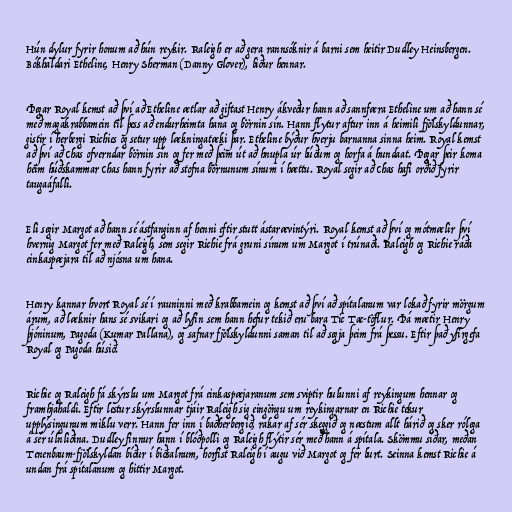
Hún dylur fyrir honum að hún reykir. Raleigh er að gera rannsóknir á barni sem heitir Dudley Heinsbergen.
Bókhaldari Etheline, Henry Sherman (Danny Glover), biður hennar.

Þegar Royal kemst að því að Etheline ætlar að giftast Henry ákveður hann að sannfæra Etheline um að hann sé
með magakrabbamein til þess að endurheimta hana og börnin sín. Hann flytur aftur inn á heimili fjölskyldunnar,
gistir í herbergi Richies og setur upp lækningatæki þar. Etheline býður hverju barnanna sinna heim. Royal kemst
að því að Chas ofverndar börnin sín og fer með þeim út að hnupla úr búðum og horfa á hundaat. Þegar þeir koma
heim húðskammar Chas hann fyrir að stofna börnunum sínum í hættu. Royal segir að Chas hafi orðið fyrir
taugaáfalli.

Eli segir Margot að hann sé ástfanginn af henni eftir stutt ástarævintýri. Royal kemst að því og mótmælir því
hvernig Margot fer með Raleigh, sem segir Richie frá gruni sínum um Margot í trúnaði. Raleigh og Richie ráða
einkaspæjara til að njósna um hana.

Henry kannar hvort Royal sé í rauninni með krabbamein og kemst að því að spítalanum var lokað fyrir mörgum
árum, að læknir hans sé svikari og að lyfin sem hann hefur tekið eru bara Tic Tac-töflur. Þá mætir Henry
þjóninum, Pagoda (Kumar Pallana), og safnar fjölskyldunni saman til að segja þeim frá þessu. Eftir það yfirgefa
Royal og Pagoda húsið.

Richie og Raleigh fá skýrslu um Margot frá einkaspæjaranum sem sviptir hulunni af reykingum hennar og
framhjáhaldi. Eftir lestur skýrslunnar tjáir Raleigh sig eingöngu um reykingarnar en Richie tekur
upplýsingunum miklu verr. Hann fer inn í baðherbergið, rakar af sér skeggið og næstum allt hárið og sker rólega
á sér úlnliðina. Dudley finnur hann í blóðpolli og Raleigh flýtir sér með hann á spítala. Skömmu síðar, meðan
Tenenbaum-fjölskyldan bíður í biðsalnum, horfist Raleigh í augu við Margot og fer burt. Seinna kemst Richie á
undan frá spítalanum og hittir Margot.